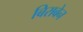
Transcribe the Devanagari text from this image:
बिराबेन